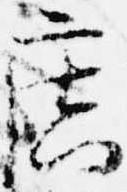
広